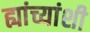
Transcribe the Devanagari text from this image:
ह्यांच्यांशी